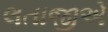
લતાજીએ